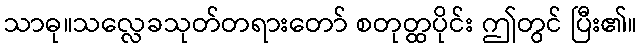
သာဓု။သလ္လေခသုတ်တရားတော် စတုတ္ထပိုင်း ဤတွင် ပြီး၏။